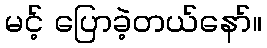
မင့် ပြောခဲ့တယ်နော်။